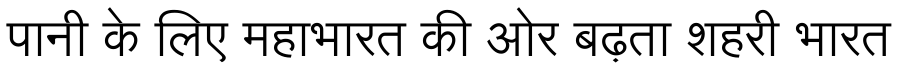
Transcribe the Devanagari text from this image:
पानी के लिए महाभारत की ओर बढ़ता शहरी भारत